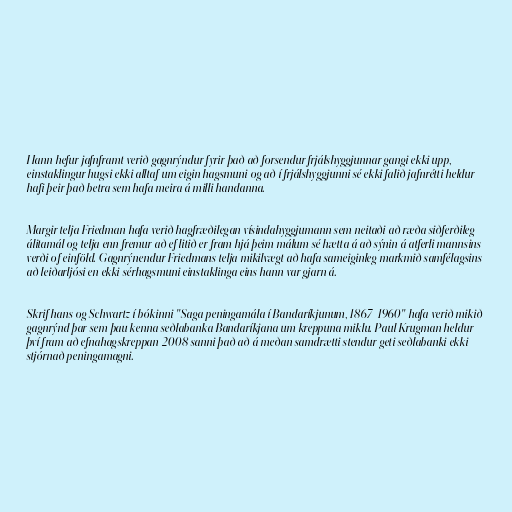
Hann hefur jafnframt verið gagnrýndur fyrir það að forsendur frjálshyggjunnar gangi ekki upp,
einstaklingur hugsi ekki alltaf um eigin hagsmuni og að í frjálshyggjunni sé ekki falið jafnrétti heldur
hafi þeir það betra sem hafa meira á milli handanna.

Margir telja Friedman hafa verið hagfræðilegan vísindahyggjumann sem neitaði að ræða siðferðileg
álitamál og telja enn fremur að ef litið er fram hjá þeim málum sé hætta á að sýnin á atferli mannsins
verði of einföld. Gagnrýnendur Friedmans telja mikilvægt að hafa sameiginleg markmið samfélagsins
að leiðarljósi en ekki sérhagsmuni einstaklinga eins hann var gjarn á.

Skrif hans og Schwartz í bókinni "Saga peningamála í Bandaríkjunum, 1867-1960" hafa verið mikið
gagnrýnd þar sem þau kenna seðlabanka Bandaríkjana um kreppuna miklu. Paul Krugman heldur
því fram að efnahagskreppan 2008 sanni það að á meðan samdrætti stendur geti seðlabanki ekki
stjórnað peningamagni.